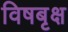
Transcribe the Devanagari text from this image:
विषबृक्ष